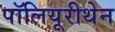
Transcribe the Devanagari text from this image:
पॉलियूरीथेन